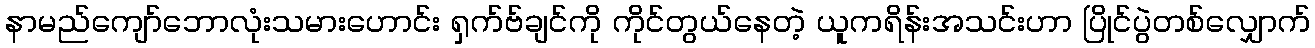
နာမည်ကျော်ဘောလုံးသမားဟောင်း ရှက်ဗ်ချင်ကို ကိုင်တွယ်နေတဲ့ ယူကရိန်းအသင်းဟာ ပြိုင်ပွဲတစ်လျှောက်